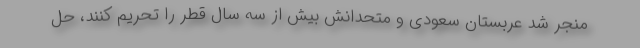
منجر شد عربستان سعودی و متحدانش بیش از سه سال قطر را تحریم کنند، حل